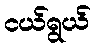
ငယ်ရွယ်